Physical education and physical well-being, 1936
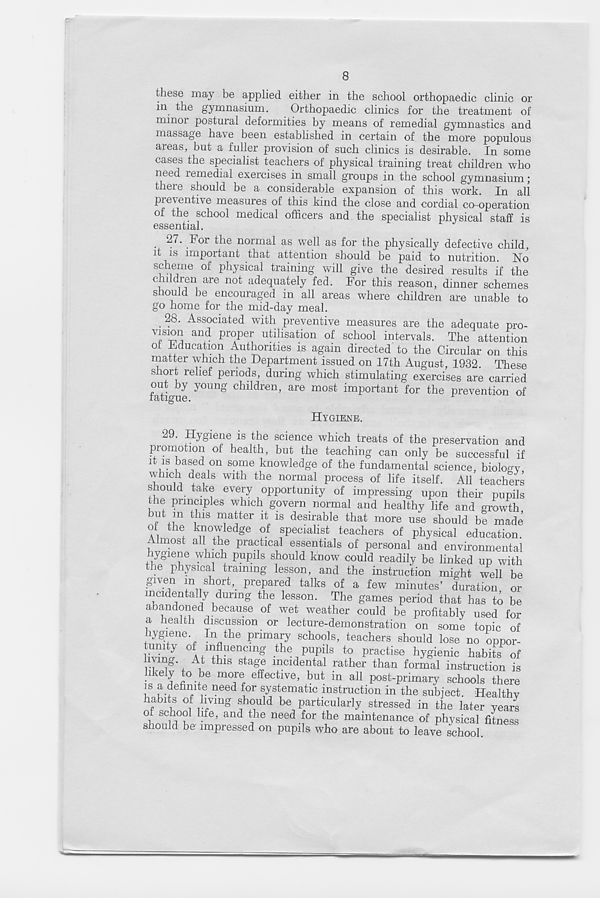
8
these may be applied either in the school orthopaedic clinic or
in the gymnasium.
Orthopaedic clinics for the treatment of
minoi postural deformities by means of remedial gymnastics and
massage have been established in certain of the more populous
areas, but a fuller provision of such clinics is desirable. In some
cases the specialist teachers of physical training treat children who
need remedial exercises in small groups in the school gymnasium;
there should be a considerable expansion of this work. In all
preventive measures of this kind the close and cordial co-operation
of the school medical officers and the specialist physical staff is
essential.
27. loi the normal as well as for the physically defective child,
h is important that attention should be paid to nutrition. No
scheme of physical training will give the desired results if the
u hf ri | are not ade( l uatel y f ecl - For this reason, dinner schemes
should be encouraged in all areas where children are unable to
go home for the mid-day meal.
28. Associated with preventive measures are the adequate pro-
v j. S1^ anc^ proper utilisation of school intervals. The attention
of Education Authorities is again directed to the Circular on this
matter which the Department issued on 17th August, 1932. These
short relief periods, during which stimulating exercises are carried
fatigue y0Ung chlIdrcn ’ are most important for the prevention of
HYGIENE.
29.
Hygiene is
promotion of health, but the teaching can only be successful if
it is based on some knowledge of the fundamental science, biology
which deals with the normal process of life itself. All teachers
should take every opportunity of impressing upon then- pupils
the principles which govern normal and healthy life and growth
but m this matter it is desirable that more use should be made
of the knowledge of specialist teachers of physical education.
7 . st a11 . tl^e Practical essentials of personal and environmental
hygiene which pupils should know could readily be linked up with
ie physical training lesson, and the instruction might well be
given m short, prepared talks of a few minutes’ duration or
incidentally during the lesson. The games period that has to be
abandoned because of wet weather could be profitably used for
a health discussion or lecture-demonstration on some topic of
hYgiene. In the primary schools, teachers should lose no oppor-
1 um y of influencing the pupils to practise hygienic habits of
ivmg At this stage incidental rather than formal instruction is
likely to be more effective, but in all post-primary schools there
is a definite need for systematic instruction in the subject. Healthy
habits of hvmg should be particularly stressed in the later years
°! SG l°° hfe ’ and * he need for the maintenance of physical fitness
should be impressed on pupils who are about to leave school